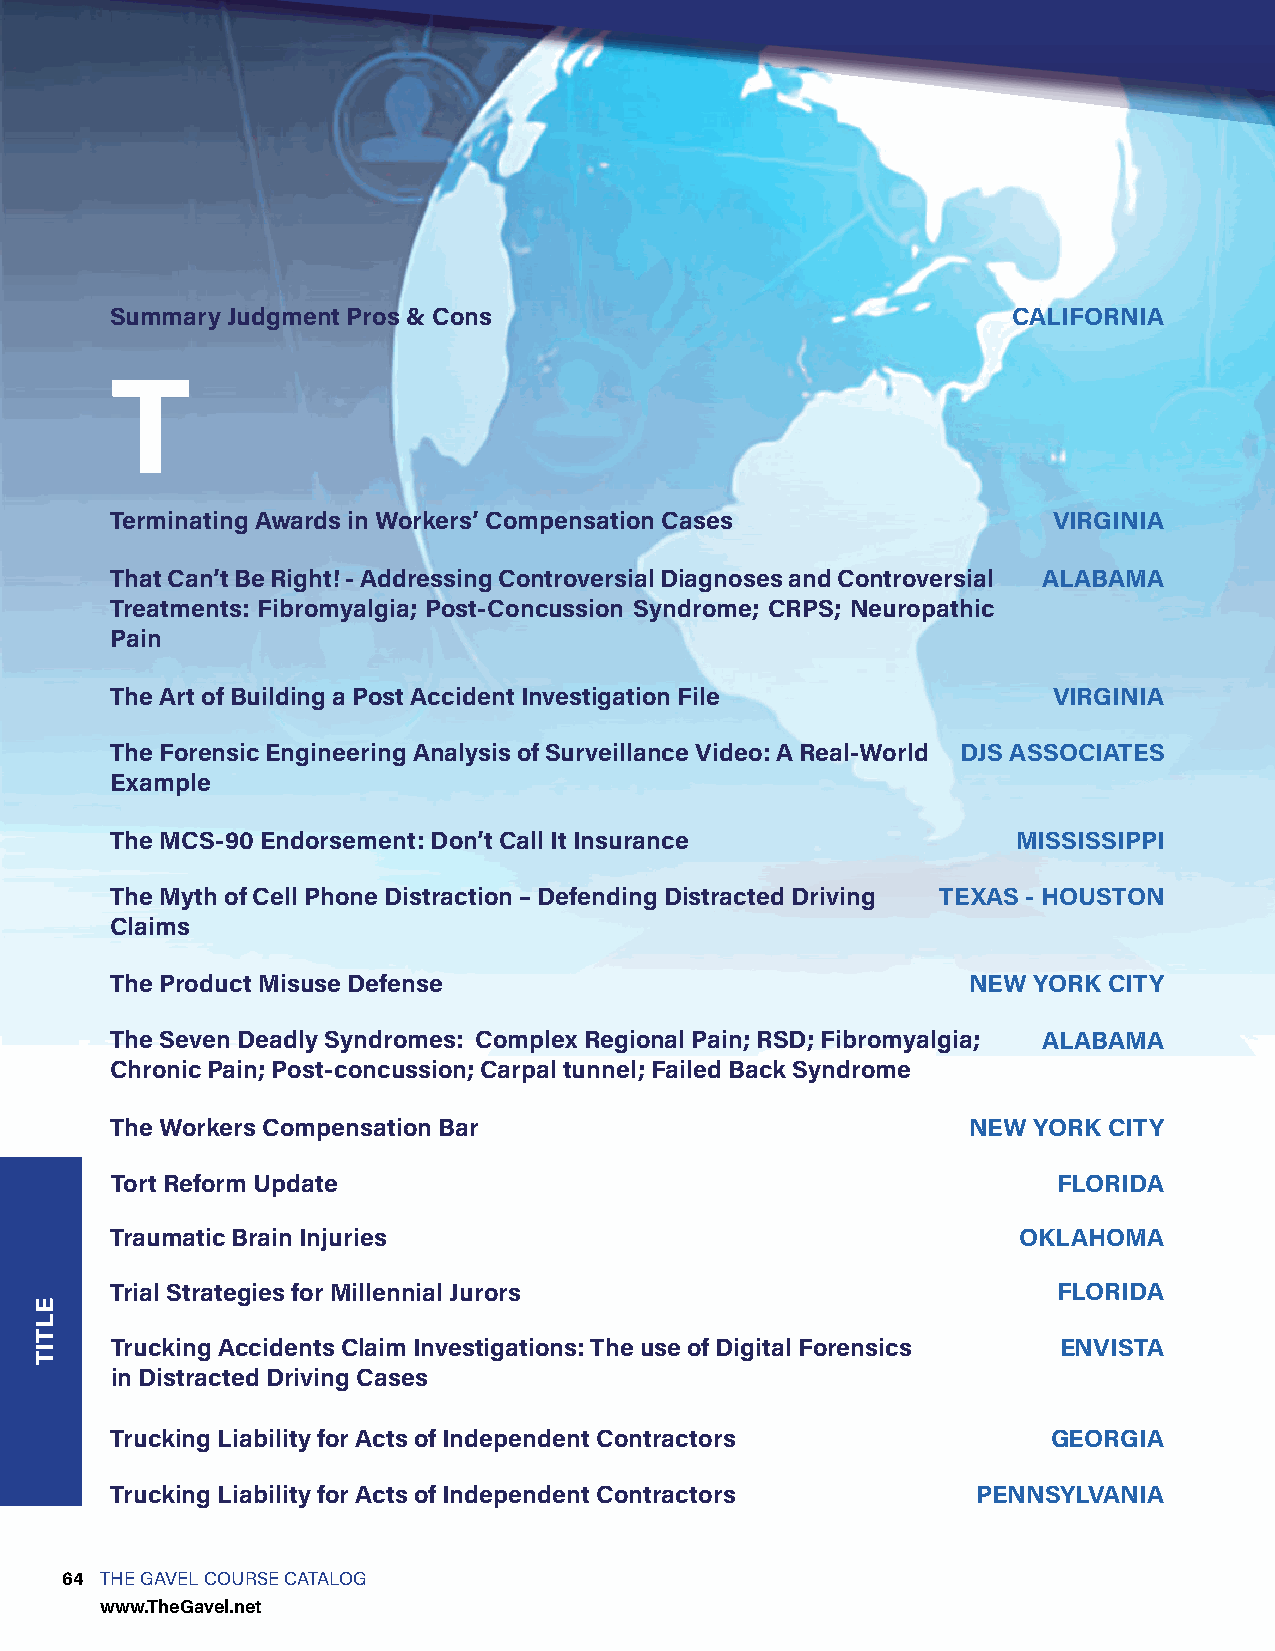
Summary Judgment Pros & Cons                                CALIFORNIA
 T
 Terminating Awards in Workers’ Compensation Cases              VIRGINIA
 That Can’t Be Right! - Addressing Controversial Diagnoses and Controversial ALABAMA
 Treatments: Fibromyalgia; Post-Concussion Syndrome; CRPS; Neuropathic
 Pain
 The Art of Building a Post Accident Investigation File         VIRGINIA
 The Forensic Engineering Analysis of Surveillance Video: A Real-World DJS ASSOCIATES
 Example
 The MCS-90 Endorsement: Don’t Call It Insurance             MISSISSIPPI
 The Myth of Cell Phone Distraction – Defending Distracted Driving TEXAS - HOUSTON
 Claims
 The Product Misuse Defense                               NEW YORK CITY
 The Seven Deadly Syndromes: Complex Regional Pain; RSD; Fibromyalgia; ALABAMA
 Chronic Pain; Post-concussion; Carpal tunnel; Failed Back Syndrome
 The Workers Compensation Bar                             NEW YORK CITY
 Tort Reform Update                                             FLORIDA
 Traumatic Brain Injuries                                    OKLAHOMA
 Trial Strategies for Millennial Jurors                         FLORIDA
 Trucking Accidents Claim Investigations: The use of Digital Forensics ENVISTA
 in Distracted Driving Cases
 Trucking Liability for Acts of Independent Contractors         GEORGIA
 Trucking Liability for Acts of Independent Contractors    PENNSYLVANIA
 64 THE GAVEL COURSE CATALOG
 www.TheGavel.net
 ELTIT